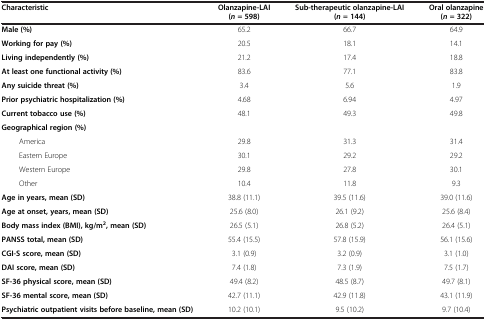
| Characteristic | Olanzapine-LAI (n = 598) | Sub-therapeutic olanzapine-LAI (n = 144) | Oral olanzapine (n = 322) |
 | --- | --- | --- | --- |
 | Male (%) | 65.2 | 66.7 | 64.9 |
 | Working for pay (%) | 20.5 | 18.1 | 14.1 |
 | Living independently (%) | 21.2 | 17.4 | 18.8 |
 | At least one functional activity (%) | 83.6 | 77.1 | 83.8 |
 | Any suicide threat (%) | 3.4 | 5.6 | 1.9 |
 | Prior psychiatric hospitalization (%) | 4.68 | 6.94 | 4.97 |
 | Current tobacco use (%) | 48.1 | 49.3 | 49.8 |
 | Geographical region (%) |  |  |  |
 | America | 29.8 | 31.3 | 31.4 |
 | Eastern Europe | 30.1 | 29.2 | 29.2 |
 | Western Europe | 29.8 | 27.8 | 30.1 |
 | Other | 10.4 | 11.8 | 9.3 |
 | Age in years, mean (SD) | 38.8 (11.1) | 39.5 (11.6) | 39.0 (11.6) |
 | Age at onset, years, mean (SD) | 25.6 (8.0) | 26.1 (9.2) | 25.6 (8.4) |
 | Body mass index (BMI), kg/m2, mean (SD) | 26.5 (5.1) | 26.8 (5.2) | 26.4 (5.1) |
 | PANSS total, mean (SD) | 55.4 (15.5) | 57.8 (15.9) | 56.1 (15.6) |
 | CGI-S score, mean (SD) | 3.1 (0.9) | 3.2 (0.9) | 3.1 (1.0) |
 | DAI score, mean (SD) | 7.4 (1.8) | 7.3 (1.9) | 7.5 (1.7) |
 | SF-36 physical score, mean (SD) | 49.4 (8.2) | 48.5 (8.7) | 49.7 (8.1) |
 | SF-36 mental score, mean (SD) | 42.7 (11.1) | 42.9 (11.8) | 43.1 (11.9) |
 | Psychiatric outpatient visits before baseline, mean (SD) | 10.2 (10.1) | 9.5 (10.2) | 9.7 (10.4) |